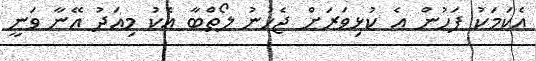
އެކަމަކު ފަހުން އެ ކުޅިވަރަށް ޖެހުނު ލޯތްބާ އެކު މިއަދު އޭނާ ވަނީ